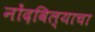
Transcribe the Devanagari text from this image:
नोंदविल्याचा